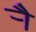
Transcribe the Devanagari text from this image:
र्‍ाै